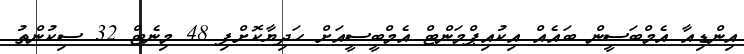
އިންޑިއާ އެމްބަސީން ބައެއް އިކުއިޕްމަންޓް އެމްބީސީއަށް ހަދިޔާކޮށްފި 48 މިނެޓް 32 ސިކުންތު